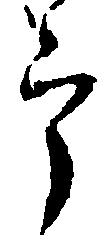
郎